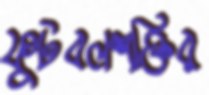
ফুটবলশক্তির